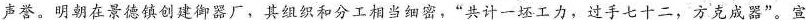
声誉。明朝在景德镇创建御器厂，其组织和分工相当细密，”共计一坯工力，过手七十二，方克成器”。宣